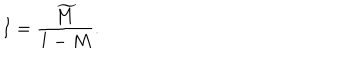
LaTeX: I = { \frac { \widetilde M } { 1 - M } } .